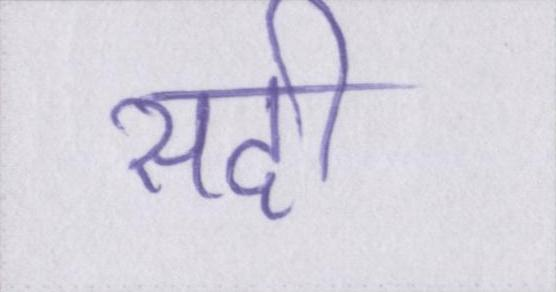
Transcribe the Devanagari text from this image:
सदी